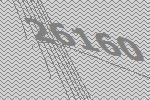
26160